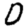
Digit: 0